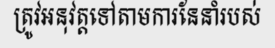
ត្រូវអនុវត្តទៅតាមការនែនាំរបស់